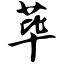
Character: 荜